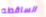
الساقطه